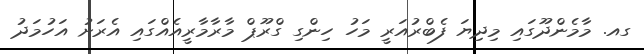
ގއ. މާމެންދޫގައި މިދިޔަ ފެބްރުއަރީ މަހު ހިންގި ގްރޫޕް މާރާމާރީއެއްގައި އެރަށު އަހުމަދު